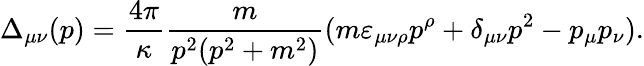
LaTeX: \Delta_{\mu\nu}(p)=\frac{4\pi}{\kappa}\frac{m}{p^{2}(p^{2}+m^{2})}(m\varepsilon_{\mu\nu\rho}p^{\rho}+\delta_{\mu\nu}p^{2}-p_{\mu}p_{\nu}).